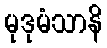
မုဒုမံသာနိ